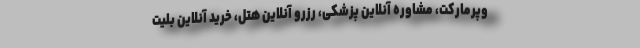
وپرمارکت، مشاوره آنلاین پزشکی، رزرو آنلاین هتل، خرید آنلاین بلیت